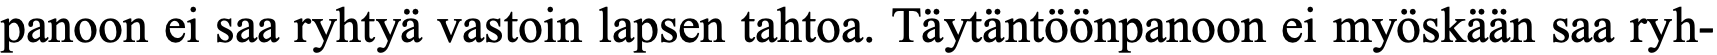
panoon ei saa ryhtyä vastoin lapsen tahtoa. Täytäntöönpanoon ei myöskään saa ryh-